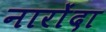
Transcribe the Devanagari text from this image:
नारोंदा